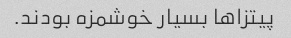
پیتزاها بسیار خوشمزه بودند.